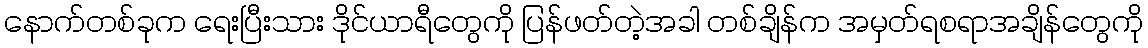
နောက်တစ်ခုက ရေးပြီးသား ဒိုင်ယာရီတွေကို ပြန်ဖတ်တဲ့အခါ တစ်ချိန်က အမှတ်ရစရာအချိန်တွေကို